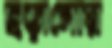
ছড়ানোয়